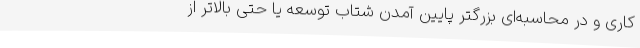
کاری و در محاسبه‌ای بزرگتر پایین آمدن شتاب توسعه یا حتی بالاتر از